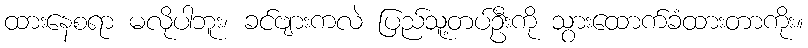
ထားနေစရာ မလိုပါဘူး၊ ခင်ဗျားကလဲ ပြည်သူ့တပ်ဦးကို သွားထောက်ခံထားတာကိုး။